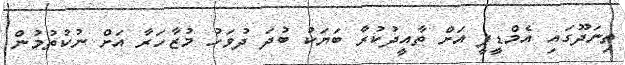
ތިނަދޫގައި އެމްޑީޕީ އަށް ތާއީދުކުރާ ބަޔަކު ބުދަ ދުވަހު މުޒާހަރާ އަށް ނުކުތުމުން